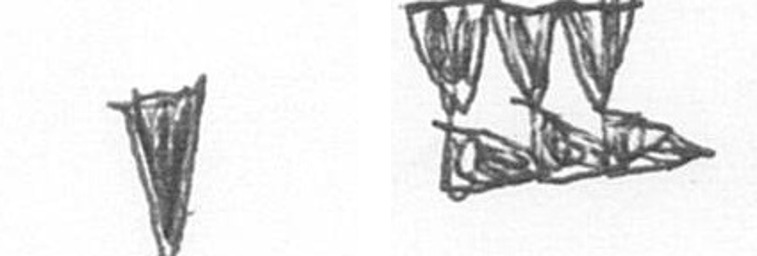
J D